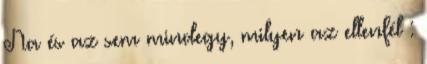
Na és az sem mindegy, milyen az ellenfél :